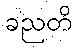
ခညတိ